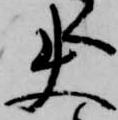
使